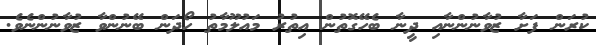
ކުރަން ފަށާ ޒުވާނުންނާއި ދީނާ ބެހޭގޮތުން އިތުރު މައުލޫމާތު ހޯދަން ބޭނުންވާ ޒުވާނުންނެވެ.